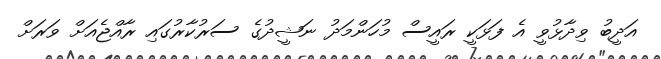
އަދީބު ވިދާޅުވީ އެ ފަޅަކީ ރައީސް މުހަންމަދު ނަޝީދުގެ ސަރުކާރުގައި ރާއްޖެއަށް ވަރަށް